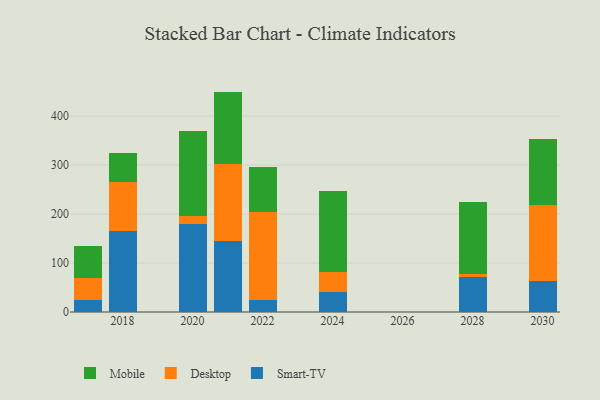
{"axis": {"x": "Year", "y": "Tickets Resolved"}, "legend": ["Desktop", "Mobile", "Smart-TV"], "data": [{"x": "2017", "y": 24.0, "type": "Smart-TV"}, {"x": "2017", "y": 45.4, "type": "Desktop"}, {"x": "2017", "y": 64.9, "type": "Mobile"}, {"x": "2022", "y": 24.5, "type": "Smart-TV"}, {"x": "2022", "y": 179.3, "type": "Desktop"}, {"x": "2022", "y": 91.4, "type": "Mobile"}, {"x": "2018", "y": 164.7, "type": "Smart-TV"}, {"x": "2018", "y": 101.2, "type": "Desktop"}, {"x": "2018", "y": 58.7, "type": "Mobile"}, {"x": "2020", "y": 179.6, "type": "Smart-TV"}, {"x": "2020", "y": 16.8, "type": "Desktop"}, {"x": "2020", "y": 173.3, "type": "Mobile"}, {"x": "2024", "y": 40.1, "type": "Smart-TV"}, {"x": "2024", "y": 42.6, "type": "Desktop"}, {"x": "2024", "y": 165.1, "type": "Mobile"}, {"x": "2021", "y": 145.4, "type": "Smart-TV"}, {"x": "2021", "y": 156.3, "type": "Desktop"}, {"x": "2021", "y": 148.5, "type": "Mobile"}, {"x": "2028", "y": 71.8, "type": "Smart-TV"}, {"x": "2028", "y": 6.2, "type": "Desktop"}, {"x": "2028", "y": 146.8, "type": "Mobile"}, {"x": "2030", "y": 62.4, "type": "Smart-TV"}, {"x": "2030", "y": 157.0, "type": "Desktop"}, {"x": "2030", "y": 134.8, "type": "Mobile"}]}